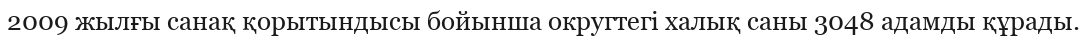
2009 жылғы санақ қорытындысы бойынша округтегі халық саны 3048 адамды құрады.